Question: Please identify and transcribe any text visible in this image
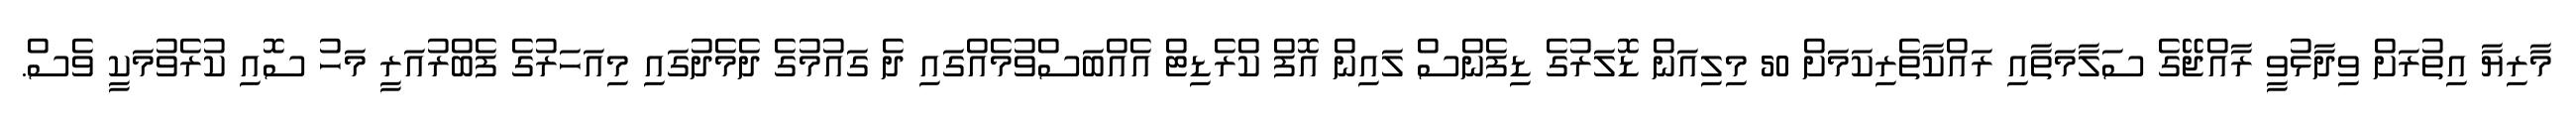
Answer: މާރިޔާ އިތުރަށް ވިދާޅުވީ ރާއްޖޭގެ ސަލާމަތާއި ރައްކާތެރިކަމަށް 50 މިލިއަން ޑޮލަރުގެ ޑިފެންސް ލައިން އޮފް ކްރެޑިޓް އެއްބަސްވުމެއްގައި ދެ ގައުމުގެ ދެމެދުގައި މިއަހަރުގެ ފެބްރުއަރީ މަހު ސޮއި ކުރެވުމަކީ ވެސް.